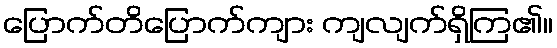
ပြောက်တိပြောက်ကျား ကျလျက်ရှိကြ၏။